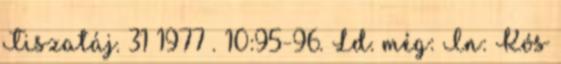
Tiszatáj. 31 1977 . 10:95-96. Ld. még: In: Kós